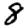
Digit: 8